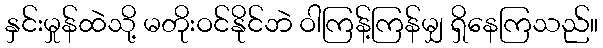
နှင်းမှုန်ထဲသို့ မတိုးဝင်နိုင်ဘဲ ဝါကြန့်ကြန်မျှ ရှိနေကြသည်။